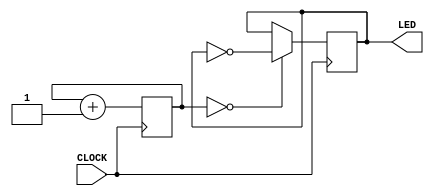
`timescale 1ns / 1ps
//////////////////////////////////////////////////////////////////////////////////
// Company: 
// Engineer: 
// 
// Design Name: 
// Module Name: slow_blinky
// Project Name: 
// Target Devices: 
// Tool Versions: 
// Description: 
// 
// Dependencies: 
// 
// Revision:
// Revision 0.01 - File Created
// Additional Comments:
// 
//////////////////////////////////////////////////////////////////////////////////


module slow_blinky(input CLOCK, output reg LED = 0);

reg [3:0] COUNT = 4'b0000;

always @ (posedge CLOCK) begin
    COUNT <= COUNT + 1;
    LED <= (COUNT == 4'b0000) ? ~LED : LED ; 
    end
    
endmodule